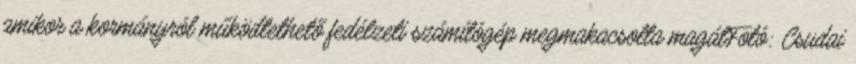
amikor a kormányról működtethető fedélzeti számítógép megmakacsolta magátFotó: Csudai